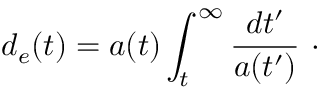
d _ { e } ( t ) = a ( t ) \int _ { t } ^ { \infty } \frac { d t ^ { \prime } } { a ( t ^ { \prime } ) } ~ \cdot